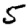
Digit: 5